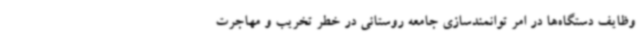
وظایف دستگاه‌ها در امر توانمندسازی جامعه روستائی در خطر تخریب و مهاجرت